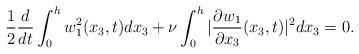
LaTeX: \begin{align*}\frac{1}{2}\frac{d}{dt}\int_{0}^{h}w_1^2(x_3,t)dx_3+\nu \int_{0}^h|\frac{\partial w_1}{\partial x_3}(x_3,t)|^2dx_3=0.\end{align*}